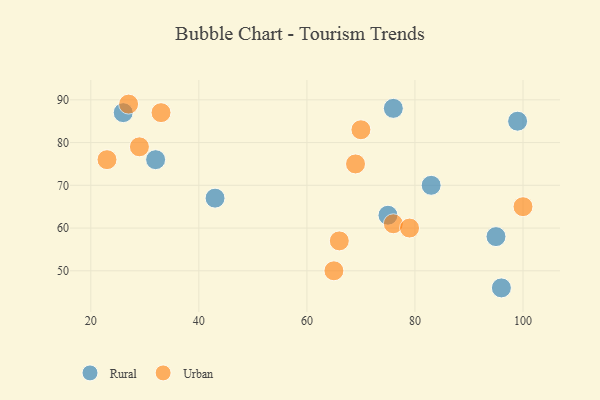
{"axis": {"x": "GDP", "y": "Life Expectancy"}, "legend": ["Rural", "Urban"], "data": [{"x": "75", "y": 63, "type": "Rural"}, {"x": "43", "y": 67, "type": "Rural"}, {"x": "99", "y": 85, "type": "Rural"}, {"x": "26", "y": 87, "type": "Rural"}, {"x": "83", "y": 70, "type": "Rural"}, {"x": "96", "y": 46, "type": "Rural"}, {"x": "76", "y": 88, "type": "Rural"}, {"x": "95", "y": 58, "type": "Rural"}, {"x": "32", "y": 76, "type": "Rural"}, {"x": "65", "y": 50, "type": "Urban"}, {"x": "29", "y": 79, "type": "Urban"}, {"x": "33", "y": 87, "type": "Urban"}, {"x": "66", "y": 57, "type": "Urban"}, {"x": "70", "y": 83, "type": "Urban"}, {"x": "76", "y": 61, "type": "Urban"}, {"x": "23", "y": 76, "type": "Urban"}, {"x": "100", "y": 65, "type": "Urban"}, {"x": "27", "y": 89, "type": "Urban"}, {"x": "79", "y": 60, "type": "Urban"}, {"x": "69", "y": 75, "type": "Urban"}]}